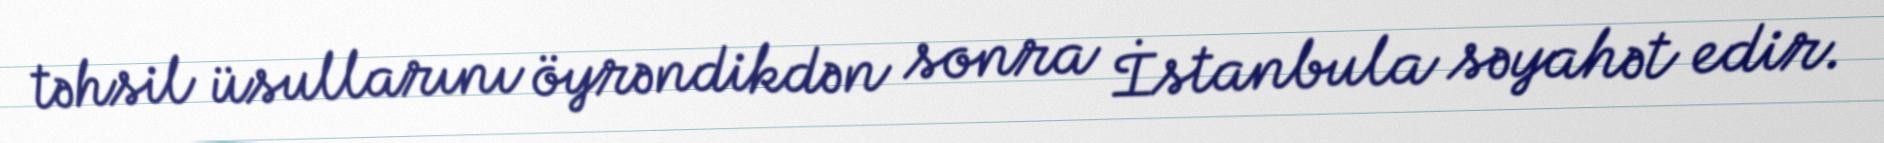
təhsil üsullarını öyrəndikdən sonra İstanbula səyahət edir.